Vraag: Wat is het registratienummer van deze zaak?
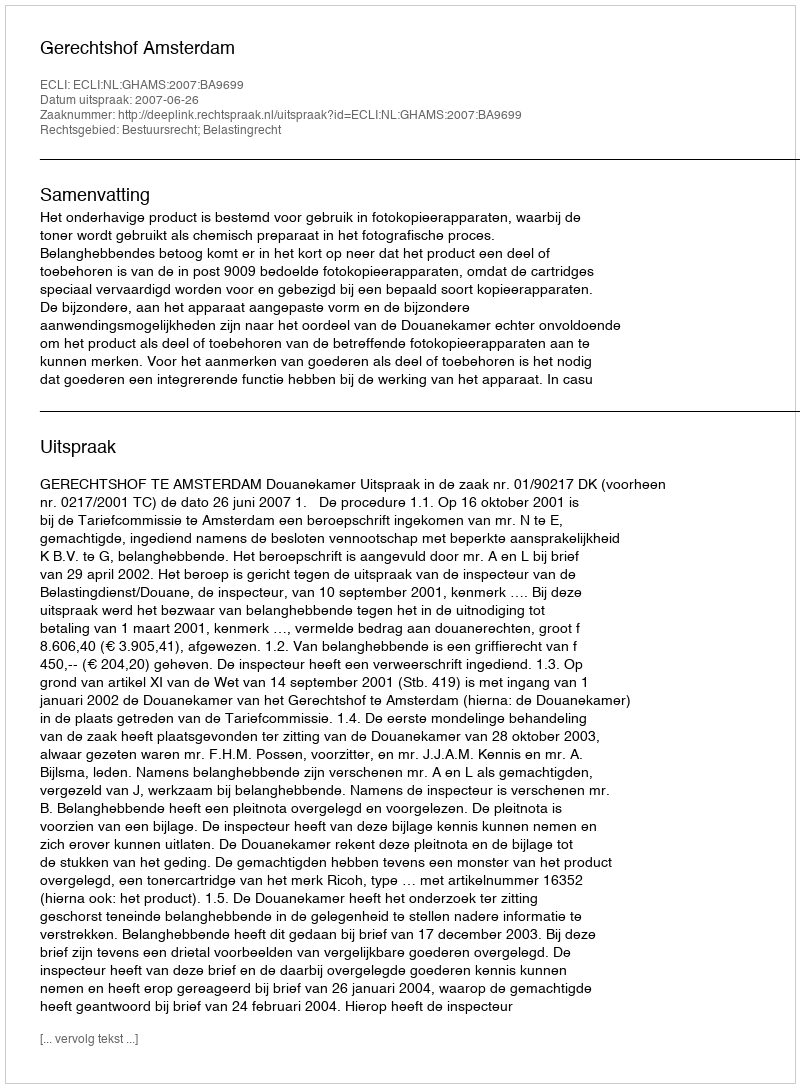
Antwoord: http://deeplink.rechtspraak.nl/uitspraak?id=ECLI:NL:GHAMS:2007:BA9699